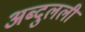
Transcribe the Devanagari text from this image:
अब्दुलली